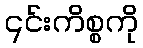
၎င်းကိစ္စကို